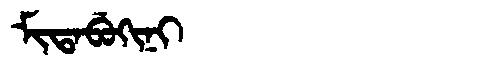
Manchu: ᠮᡳᡨᠠᠪᡠᡴᡳᠨᡳ
Romanization: MITABUKINI